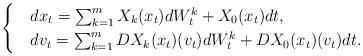
LaTeX: \begin{align*}\begin{cases}&dx_t=\sum_{k=1}^m X_k(x_t)dW_t^k+X_0(x_t)dt, \\&dv_t=\sum_{k=1}^m D X_k(x_t)(v_t)dW_t^k+D X_0(x_t)(v_t)dt.\end{cases}\end{align*}